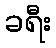
ခရီး